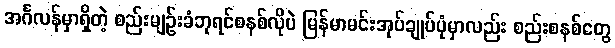
အင်္ဂလန်မှာရှိတဲ့ စည်းမျဉ်းခံဘုရင်စနစ်လိုပဲ မြန်မာမင်းအုပ်ချုပ်ပုံမှာလည်း စည်းစနစ်တွေ